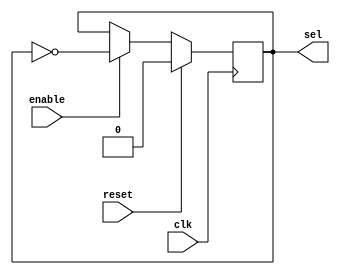
module generate_sel(
	clk, 
	reset, 
	enable, 
	sel
	);

input clk;
input reset;
input enable;

output sel;

//reg 				state;
reg 		 		sel_reg;
/*
always @(posedge clk)
begin
	if(reset)
	begin
		state <= 1'b0;
	end

	else
	if(enable)
	begin
		state <= 1'b1;
	end
	else
	begin
		state <= 1'b0;
	end
end

always @(*)
begin
	if(reset)
	begin
		sel_reg <= 0;	// sel_reg = 0 means select port a
	end
	else
	if(state)
	begin
		sel_reg <= ~sel_reg;	// sel_reg = 1 means select port b
	end
	else
	begin
		sel_reg <=sel_reg;
	end
end
*/

always @(posedge clk)
begin
	if(reset)
	begin
		sel_reg <= 1'b0;
	end

	else
	if(enable)
	begin
		sel_reg <= ~sel_reg;
	end
	else
	begin
		sel_reg <= sel_reg;
	end
end



assign sel = sel_reg;

endmodule